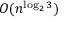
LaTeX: O ( n ^ { \log _ { 2 } 3 } )